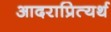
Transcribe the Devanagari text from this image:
आदराप्रित्यर्थ